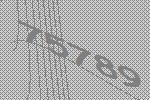
75789